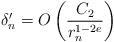
LaTeX: \begin{align*}\delta'_n= O\left(\frac {C_2} {r_n^{1-2e}}\right) \end{align*}